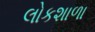
લોકશાળા